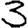
Digit: 3